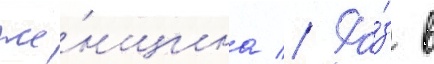
же́нщина // Ра́з в